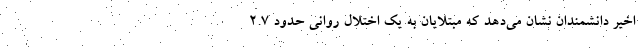
اخیر دانشمندان نشان می‌دهد که مبتلایان به یک اختلال روانی حدود ۲.۷